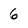
Character: 6